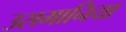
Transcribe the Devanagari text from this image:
उसमानिया